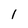
Character: I